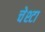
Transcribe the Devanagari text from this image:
चेश्टा